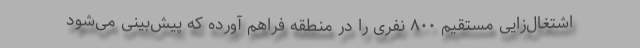
اشتغال‌زایی مستقیم ۸۰۰ نفری را در منطقه فراهم آورده که پیش‌بینی می‌شود